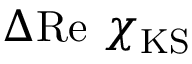
\Delta \mathrm { R e } ~ { \chi } _ { \mathrm { K S } }